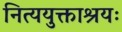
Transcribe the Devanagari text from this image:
नित्ययुक्ताश्रयः